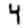
Digit: 4